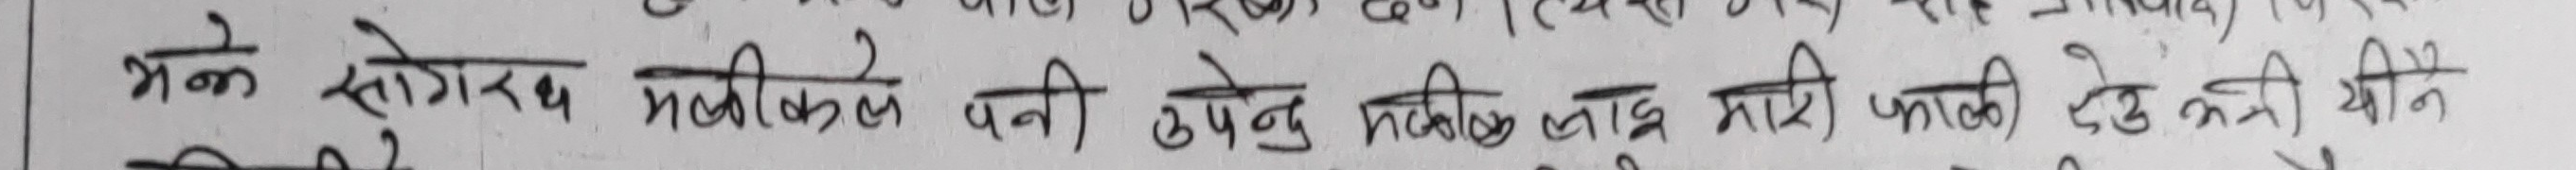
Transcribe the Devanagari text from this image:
भने सोग्रथ मकीकस पनि उपेनद्र लाड मारी फाकी देवी भीनि